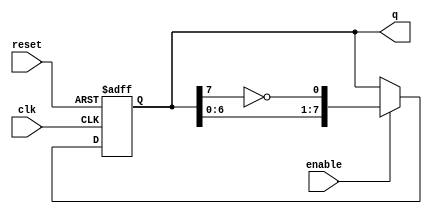
module johnson_counter (
    input wire clk,          // Clock signal
    input wire reset,        // Asynchronous reset signal
    input wire enable,       // Enable signal
    output reg [7:0] q       // 8-bit output representing the state of the counter
);

    // Always block triggered on the rising edge of the clock or on reset
    always @(posedge clk or posedge reset) begin
        if (reset) begin
            // Reset the counter to initial state (00000000)
            q <= 8'b00000000;
        end else if (enable) begin
            // Johnson counter logic
            q <= {q[6:0], ~q[7]}; // Shift left and feedback inverted last bit
        end
    end

endmodule